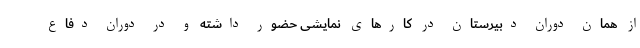
از همان دوران دبیرستان در کارهای نمایشی حضور داشته و در دوران دفاع